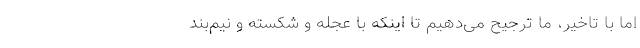
اما با تاخیر، ما ترجیح می‌دهیم تا اینکه با عجله و شکسته و نیم‌بند